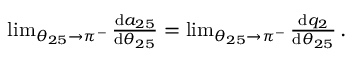
\begin{array} { r } { \operatorname* { l i m } _ { \theta _ { 2 5 } \to \pi ^ { - } } \frac { \mathrm { d } a _ { 2 5 } } { \mathrm { d } \theta _ { 2 5 } } = \operatorname* { l i m } _ { \theta _ { 2 5 } \to \pi ^ { - } } \frac { \mathrm { d } q _ { 2 } } { \mathrm { d } \theta _ { 2 5 } } \, . } \end{array}